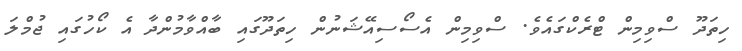
ހިތަދޫ ސްވިމިން ޓްރެކްގައެވެ. ސްވިމިން އެސޯސިއޭޝަނުން ހިތަދޫގައި ބާއްވާމުންދާ އެ ކޯހުގައި ޖުމްލަ